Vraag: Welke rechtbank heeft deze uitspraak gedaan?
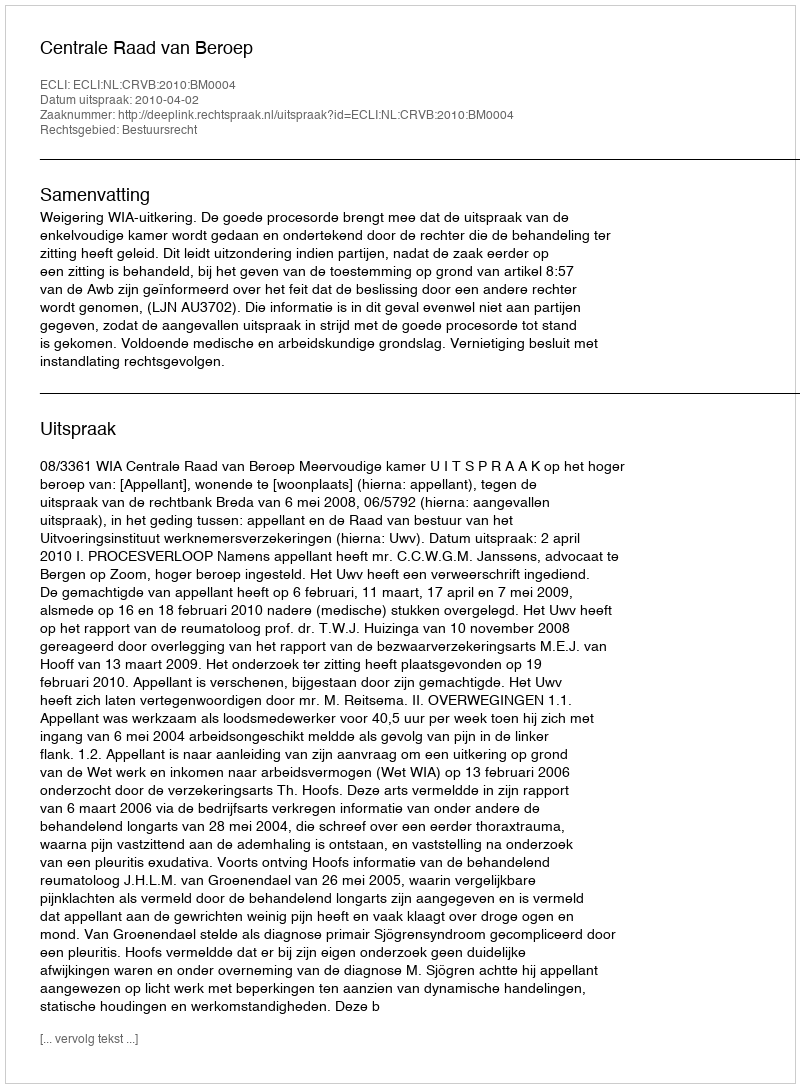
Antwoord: Centrale Raad van Beroep